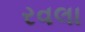
રવલા